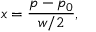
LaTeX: x = { \frac { p - p _ { 0 } } { w / 2 } } ,